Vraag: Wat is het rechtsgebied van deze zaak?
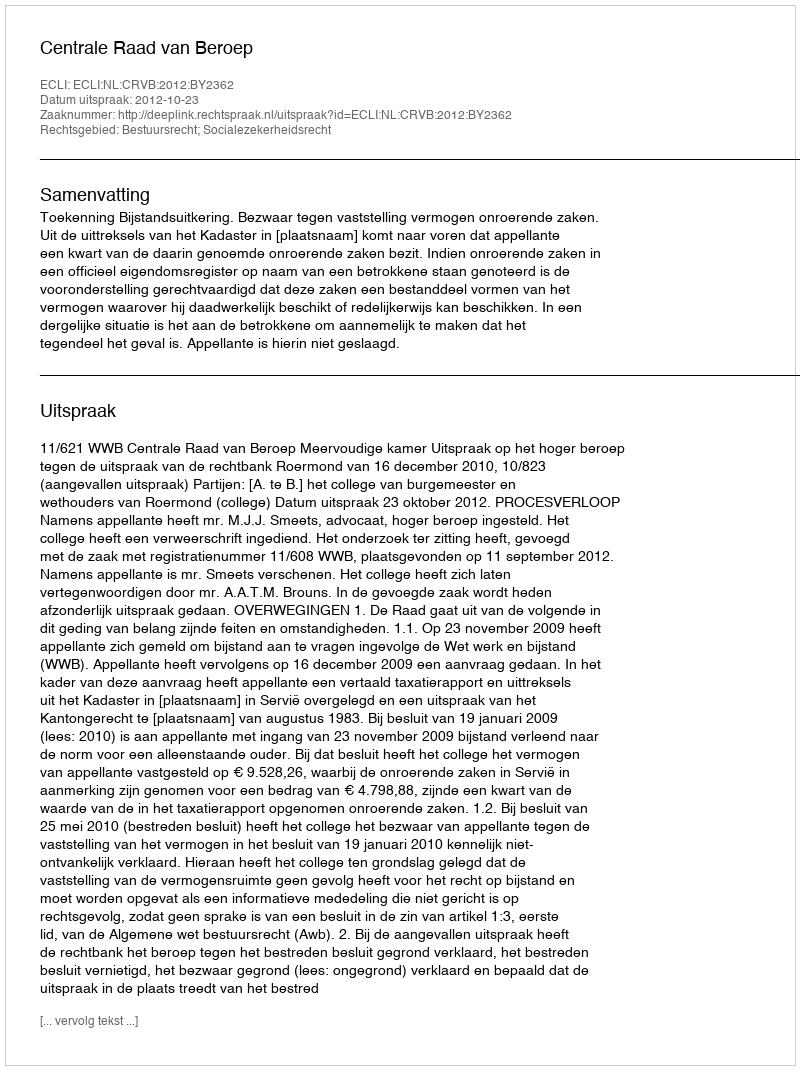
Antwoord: Bestuursrecht; Socialezekerheidsrecht